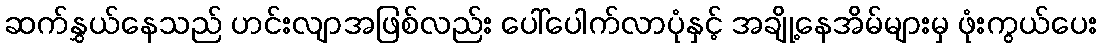
ဆက်နွှယ်နေသည် ဟင်းလျာအဖြစ်လည်း ပေါ်ပေါက်လာပုံနှင့် အချို့နေအိမ်များမှ ဖုံးကွယ်ပေး